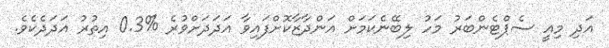
އަދި މިއީ ސެޕްޓެންބަރު މަހު ލިބޭނެކަމަށް އަންދާޒާކޮށްފައިވާ އަދަދަށްވުރެ %0.3 އިތުރު އަދަދެކެވެ.